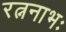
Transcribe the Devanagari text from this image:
रत्ननाभः